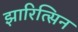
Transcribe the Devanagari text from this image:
झारित्सिन